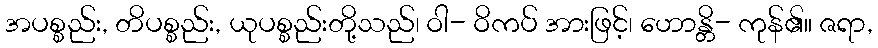
အပစ္စည်း, တိပစ္စည်း, ယုပစ္စည်းတို့သည်၊ ဝါ- ဝိကပ် အားဖြင့်၊ ဟောန္တိ- ကုန်၏။ ဇရာ,